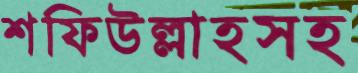
শফিউল্লাহসহ